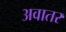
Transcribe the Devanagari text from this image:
अवातर